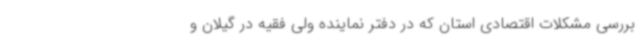
بررسی مشکلات اقتصادی استان که در دفتر نماینده ولی فقیه در گیلان و